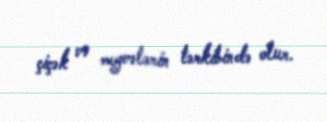
çiçək və meyvələrin tərkibində olur.